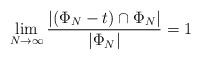
\begin{align*}\lim_{N \to \infty} \dfrac{|(\Phi_N - t) \cap \Phi_N|}{|\Phi_N|} = 1\end{align*}